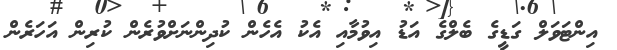
އިންޓަވަލް ގަޑީގެ ބެލްގެ އަޑު އިވުމާއި އެކު އެހެން ކުދިންނަށްވުރެން ކުރިން އަހަރެން